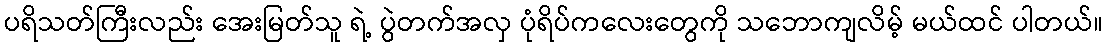
ပရိသတ်ကြီးလည်း အေးမြတ်သူ ရဲ့ ပွဲတက်အလှ ပုံရိပ်ကလေးတွေကို သဘောကျလိမ့် မယ်ထင် ပါတယ်။